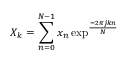
X _ { k } = \sum _ { n = 0 } ^ { N - 1 } x _ { n } \exp ^ { \frac { - 2 \pi j k n } { N } }